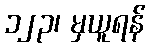
၁၂၃၊ မှယူရန်